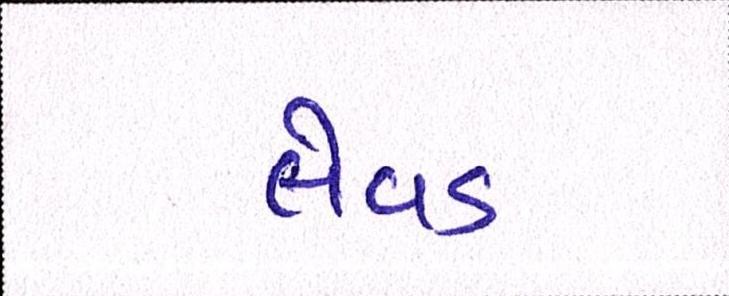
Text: લેવડ